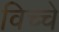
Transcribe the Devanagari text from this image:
विच्चे